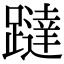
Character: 躂